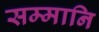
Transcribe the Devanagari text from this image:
सम्मानि